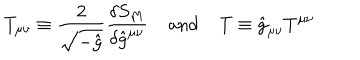
T _ { \mu \nu } \equiv \frac { 2 } { \sqrt { - \hat { g } } } \frac { \delta S _ { M } } { \delta \hat { g } ^ { \mu \nu } } \; \mathrm { a n d } \; T \equiv \hat { g } _ { \mu \nu } T ^ { \mu \nu }